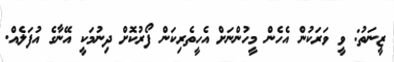
ޒީނަތު: ވީ ވަރަކުން އެހެން މީހުންނަށް އެހީތެރިކަން ފޯރުކޮށް ދިނުމަކީ އޭނާގެ އުފަލެއް.